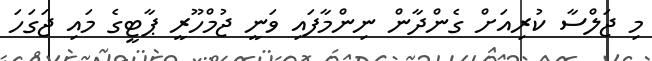
މި ޖަލްސާ ކުރިއަށް ގެންދާން ނިންމާފައި ވަނީ ޖުމްހޫރީ ޕާޓީގެ މައި ޖަގަހަ